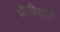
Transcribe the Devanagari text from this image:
स्टैनीहर्स्ट